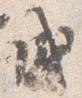
成